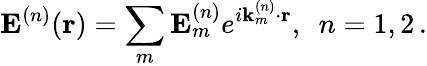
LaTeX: {\mathbf E}^{(n)}({\mathbf r})=\sum_{m}{\mathbf E}_{m}^{(n)}e^{i{\mathbf k}_{m}^{(n)}\cdot{\mathbf r}},\, \, \, n=1,2\, .